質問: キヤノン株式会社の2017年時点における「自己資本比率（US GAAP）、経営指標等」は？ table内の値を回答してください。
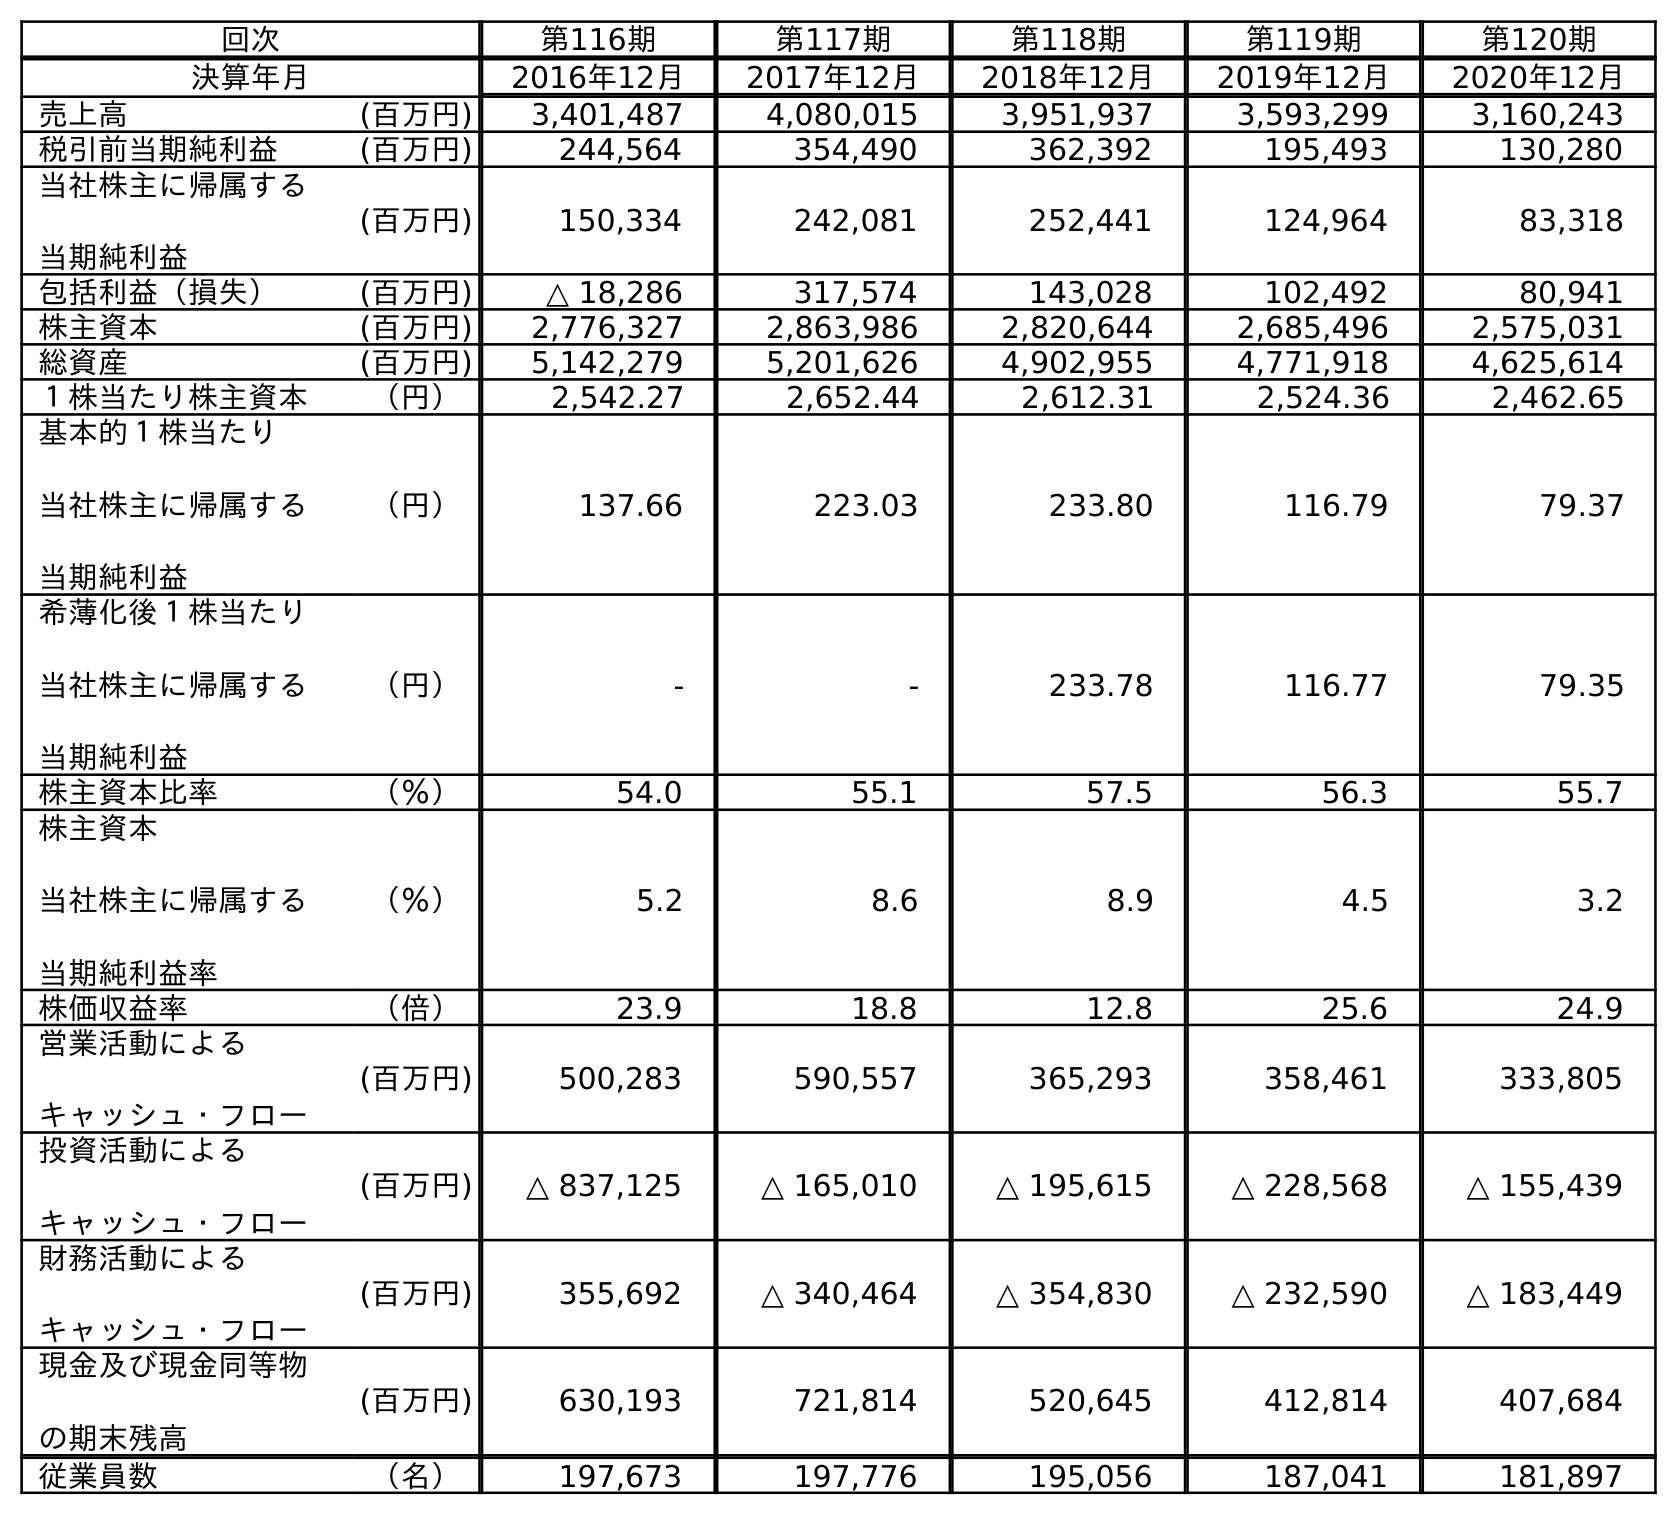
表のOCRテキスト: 回次 第116期 第117期 第118期 第119期 第120期 決算年月 2016年12月 2017年12月 2018年12月 2019年12月 2020年12月 売上高 (百万円) 3,401,487 4,080,015 3,951,937 3,593,299 3,160,243 税引前当期純利益 (百万円) 244,564 354,490 362,392 195,493 130,280 当社株主に帰属する 当期純利益 (百万円) 150,334 242,081 252,441 124,964 83,318 包括利益（損失） (百万円) △ 18,286 317,574 143,028 102,492 80,941 株主資本 (百万円) 2,776,327 2,863,986 2,820,644 2,685,496 2,575,031 総資産 (百万円) 5,142,279 5,201,626 4,902,955 4,771,918 4,625,614 １株当たり株主資本 （円） 2,542.27 2,652.44 2,612.31 2,524.36 2,462.65 基本的１株当たり 当社株主に帰属する 当期純利益 （円） 137.66 223.03 233.80 116.79 79.37 希薄化後１株当たり 当社株主に帰属する 当期純利益 （円） - - 233.78 116.77 79.35 株主資本比率 （％） 54.0 55.1 57.5 56.3 55.7 株主資本 当社株主に帰属する 当期純利益率 （％） 5.2 8.6 8.9 4.5 3.2 株価収益率 （倍） 23.9 18.8 12.8 25.6 24.9 営業活動による キャッシュ・フロー (百万円) 500,283 590,557 365,293 358,461 333,805 投資活動による キャッシュ・フロー (百万円) △ 837,125 △ 165,010 △ 195,615 △ 228,568 △ 155,439 財務活動による キャッシュ・フロー (百万円) 355,692 △ 340,464 △ 354,830 △ 232,590 △ 183,449 現金及び現金同等物 の期末残高 (百万円) 630,193 721,814 520,645 412,814 407,684 従業員数 （名） 197,673 197,776 195,056 187,041 181,897
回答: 55.1